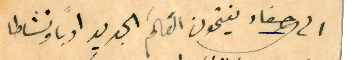
الى احفاد يفتحون العَالمَ الجديد ادباً ونشاطا